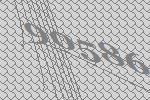
90586